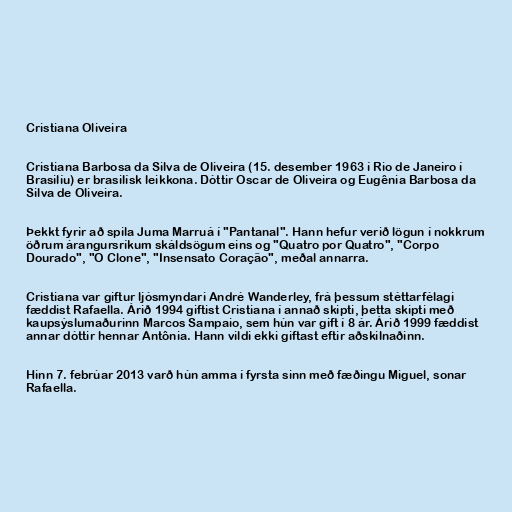
Cristiana Oliveira

Cristiana Barbosa da Silva de Oliveira (15. desember 1963 í Rio de Janeiro í
Brasilíu) er brasilísk leikkona. Dóttir Oscar de Oliveira og Eugênia Barbosa da
Silva de Oliveira.

Þekkt fyrir að spila Juma Marruá í "Pantanal". Hann hefur verið lögun í nokkrum
öðrum árangursríkum skáldsögum eins og "Quatro por Quatro", "Corpo
Dourado", "O Clone", "Insensato Coração", meðal annarra.

Cristiana var giftur ljósmyndari André Wanderley, frá þessum stéttarfélagi
fæddist Rafaella. Árið 1994 giftist Cristiana í annað skipti, þetta skipti með
kaupsýslumaðurinn Marcos Sampaio, sem hún var gift í 8 ár. Árið 1999 fæddist
annar dóttir hennar Antônia. Hann vildi ekki giftast eftir aðskilnaðinn.

Hinn 7. febrúar 2013 varð hún amma í fyrsta sinn með fæðingu Miguel, sonar
Rafaella.